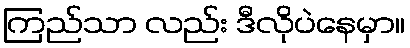
ကြည်သာ လည်း ဒီလိုပဲနေမှာ။